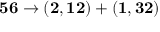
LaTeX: { \bf 5 6 } \to ( { \bf 2 } , { \bf 1 2 } ) + ( { \bf 1 } , { \bf 3 2 } )